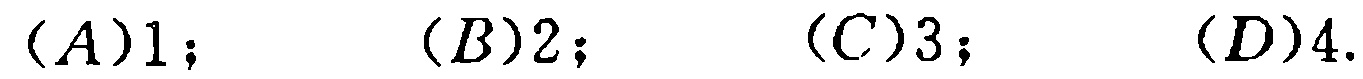
\((A)1;\quad (B)2;\quad (C)3;\quad (D)4.\)